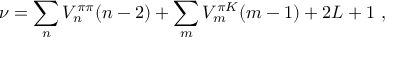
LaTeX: \nu = \sum _ { n } V _ { n } ^ { \pi \pi } ( n - 2 ) + \sum _ { m } V _ { m } ^ { \pi K } ( m - 1 ) + 2 L + 1 ~ ,